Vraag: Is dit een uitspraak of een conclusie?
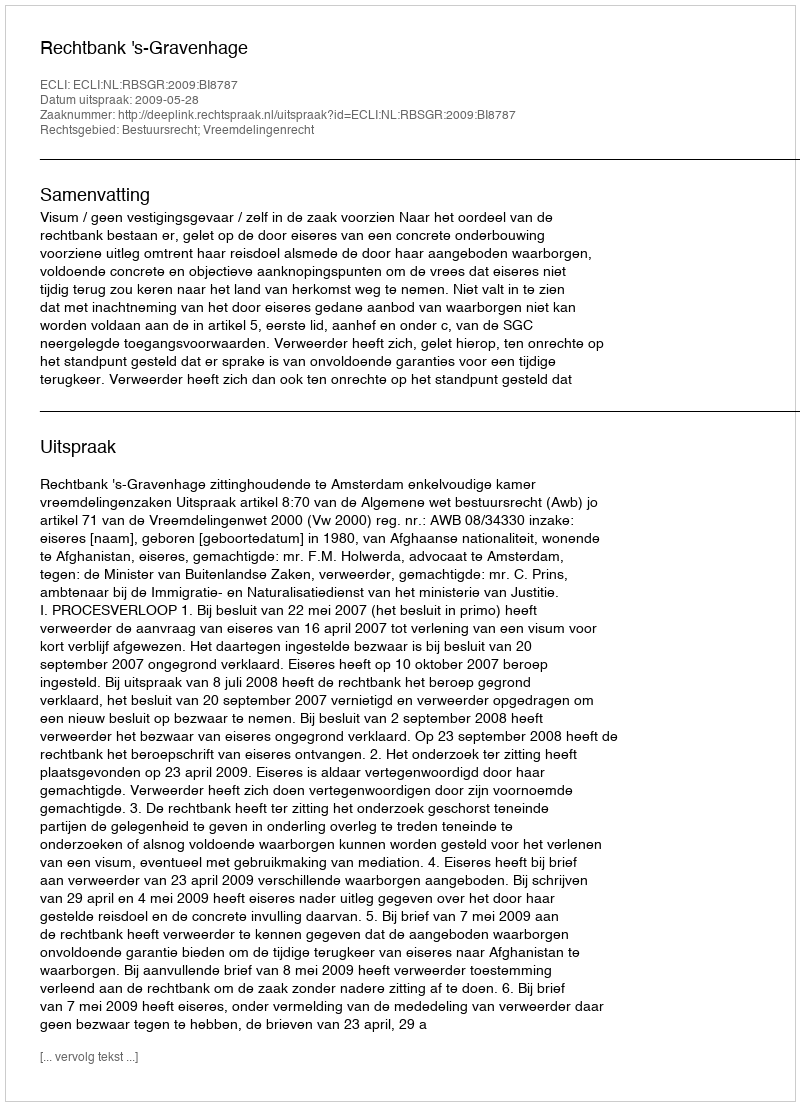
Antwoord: Uitspraak